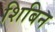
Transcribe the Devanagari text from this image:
शिबिन